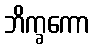
ဘိက္ခကော